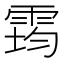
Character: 𩃇